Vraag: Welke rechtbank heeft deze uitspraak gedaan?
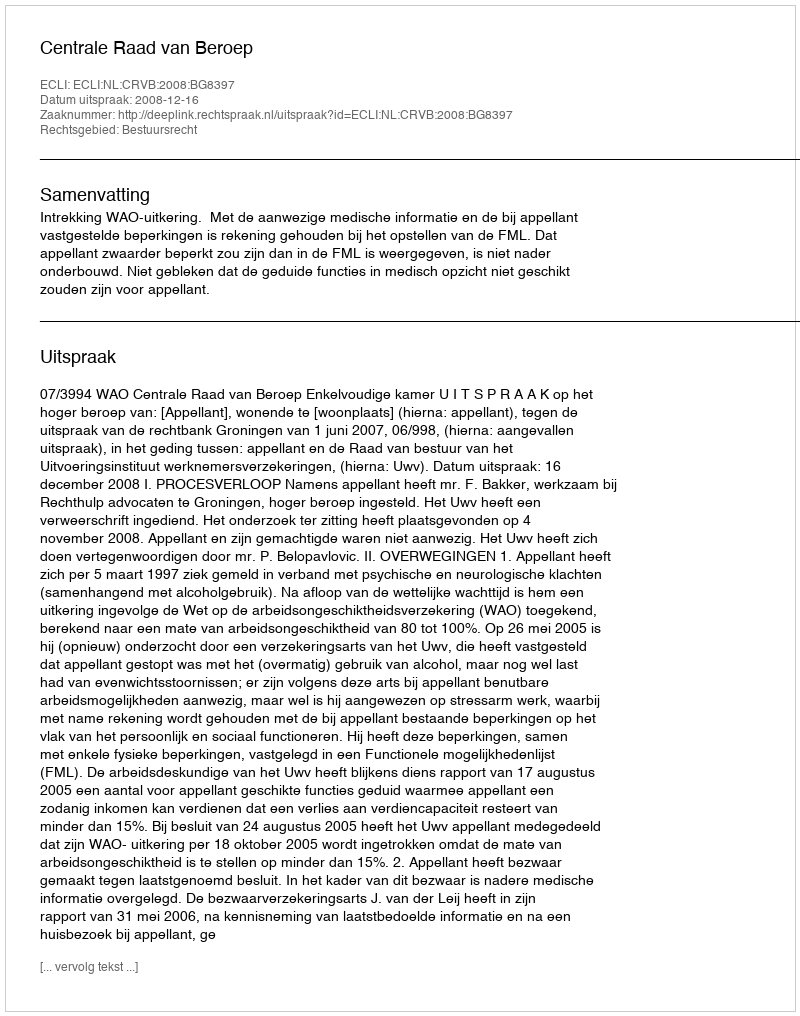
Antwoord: Centrale Raad van Beroep